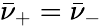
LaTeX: \bar{\nu}_{+}=\bar{\nu}_{-}